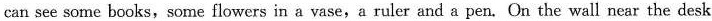
can see some books, some flowers in a vase,a ruler and a pen. On the wall near the desk